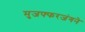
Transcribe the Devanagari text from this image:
मुजफ्फरजंगने